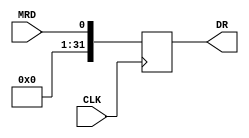
module DR(CLK,DR,MRD);
input CLK,MRD;
output reg [31:0] DR;
always @(posedge CLK)
begin
    DR <= MRD;
end
endmodule